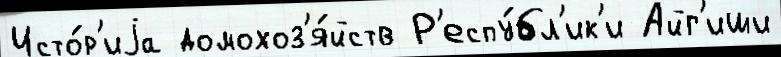
Исто́р'иjа домохоз'я́йств Р'еспу́бл'ик'и Айг'иши